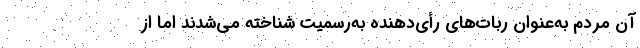
آن مردم به‌عنوان ربات‌های رأی‌دهنده به‌رسمیت شناخته می‌شدند اما از